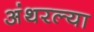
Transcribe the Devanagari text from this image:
अंथरल्या